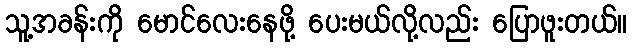
သူ့အခန်းကို မောင်လေးနေဖို့ ပေးမယ်လို့လည်း ပြောဖူးတယ်။